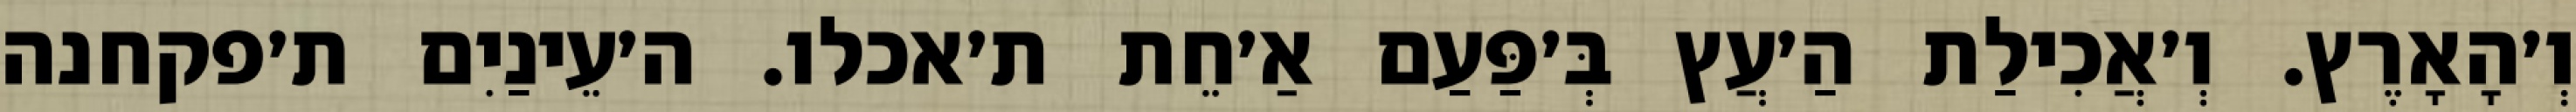
וְ׳הָאָרֶץ. וְ׳אֲכִילַת הַ׳עֲץ בְּ׳פַּעַם אַ׳חֵת ת׳אכלו. ה׳עֵינַיִם ת׳פקחנה